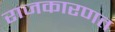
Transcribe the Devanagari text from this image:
राजकारणत